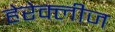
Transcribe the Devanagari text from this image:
हेरेक्लीज